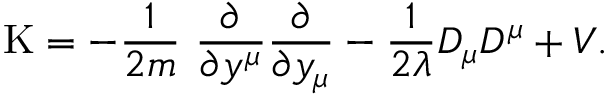
\mathrm { K } = - \frac { 1 } { 2 m } \ \frac { \partial } { \partial y ^ { \mu } } \frac { \partial } { \partial y _ { \mu } } - \frac { 1 } { 2 \lambda } D _ { \mu } D ^ { \mu } + V .